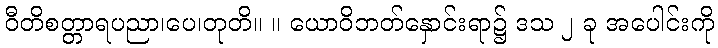
ဝီတိစတ္တာရပညာ၊ပေ၊တုတိ။ ။ ယောဝိဘတ်နှောင်းရာ၌ ဒသ ၂ ခု အပေါင်းကို